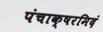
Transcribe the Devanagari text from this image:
पंचाक्षरमिदं